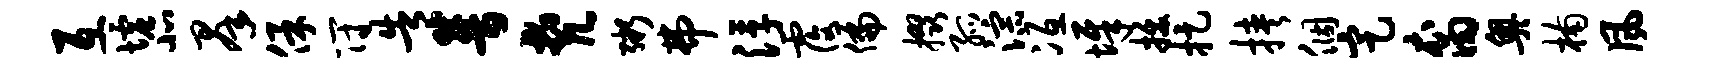
互墟北群保符告普梵粥弗浮覆偏掇孤淙冱墀拔捉挟个定裔奥楠风